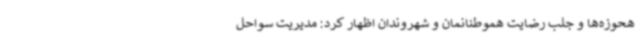
هحوزه‌ها و جلب رضایت هموطنانمان و شهروندان اظهار کرد: مدیریت سواحل